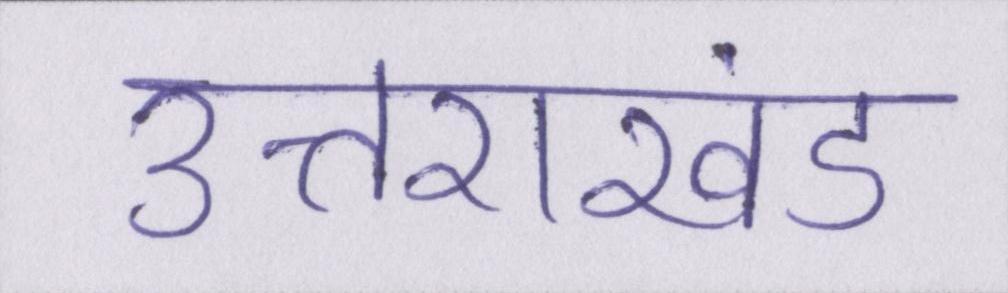
उत्तराखंड